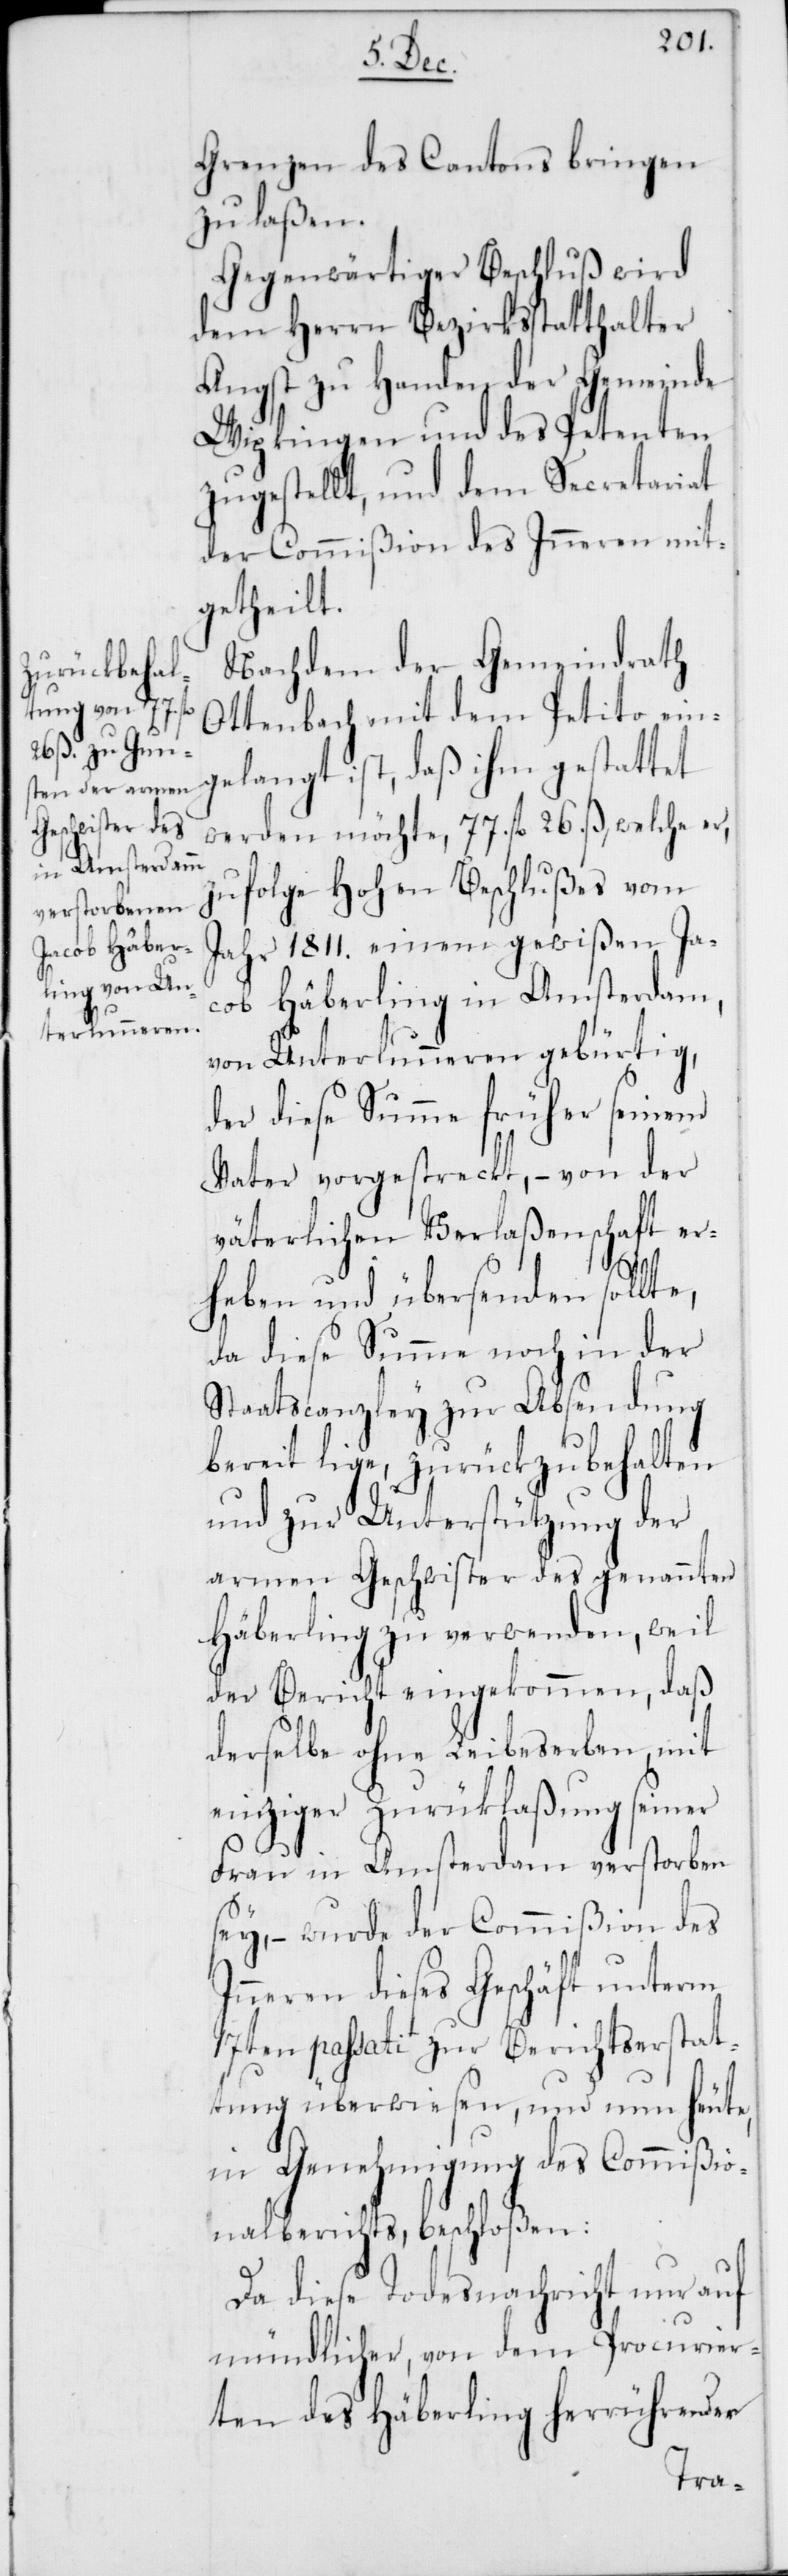
Grenzen des Cantons bringen
zu laßen.
Gegenwärtiger Beschluß wird
dem Herrn Bezirksstatthalter
Angst zu Handen der Gemeinde
Wipkingen und des Petenten
zugestellt, und dem Secretariat
der Commißion des Inneren mit¬
getheilt.
Nachdem der Gemeindrath
Ottenbach mit dem Petito ein¬
gelangt ist, daß ihm gestattet
werden möchte, 77. fl. 26. ß, welche er,
zufolge Hohen Beschlußes vom
Jahr 1811. einem gewißen Ja¬
cob Häberling in Amsterdam,
von Unterlunnern gebürtig,
der diese Summe früher seinem
Vater vorgestreckt, – von der
väterlichen Verlaßenschaft er¬
heben und übersenden sollte,
da diese Summe noch in der
Staatscanzley zur Absendung
bereit lige, zurückzubehalten
und zur Unterstützung der
armen Geschwister des genannten
Häberling zu verwenden, weil
der Bericht eingekommen, daß
derselbe ohne Leibeserben, mit
einziger Zurücklaßung seiner
Frau in Amsterdam verstorben
sey, – wurde der Commißion des
Inneren dieses Geschäft unterm
17ten passati zur Berichtserstat¬
tung überwiesen, und nun heute
in Genehmigung des Commißio¬
nalberichts, beschloßen:
Da diese Todesnachricht nur auf
mündlicher, von dem Procurier¬
ten des Häberling herrührender